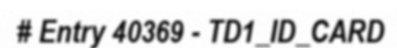
# Entry 40369 - TD1_ID_CARD